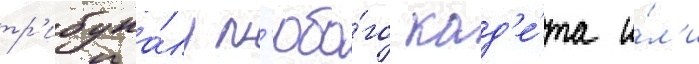
тр'ибуна́лу л'юбо́го кад'е́та и́л'и